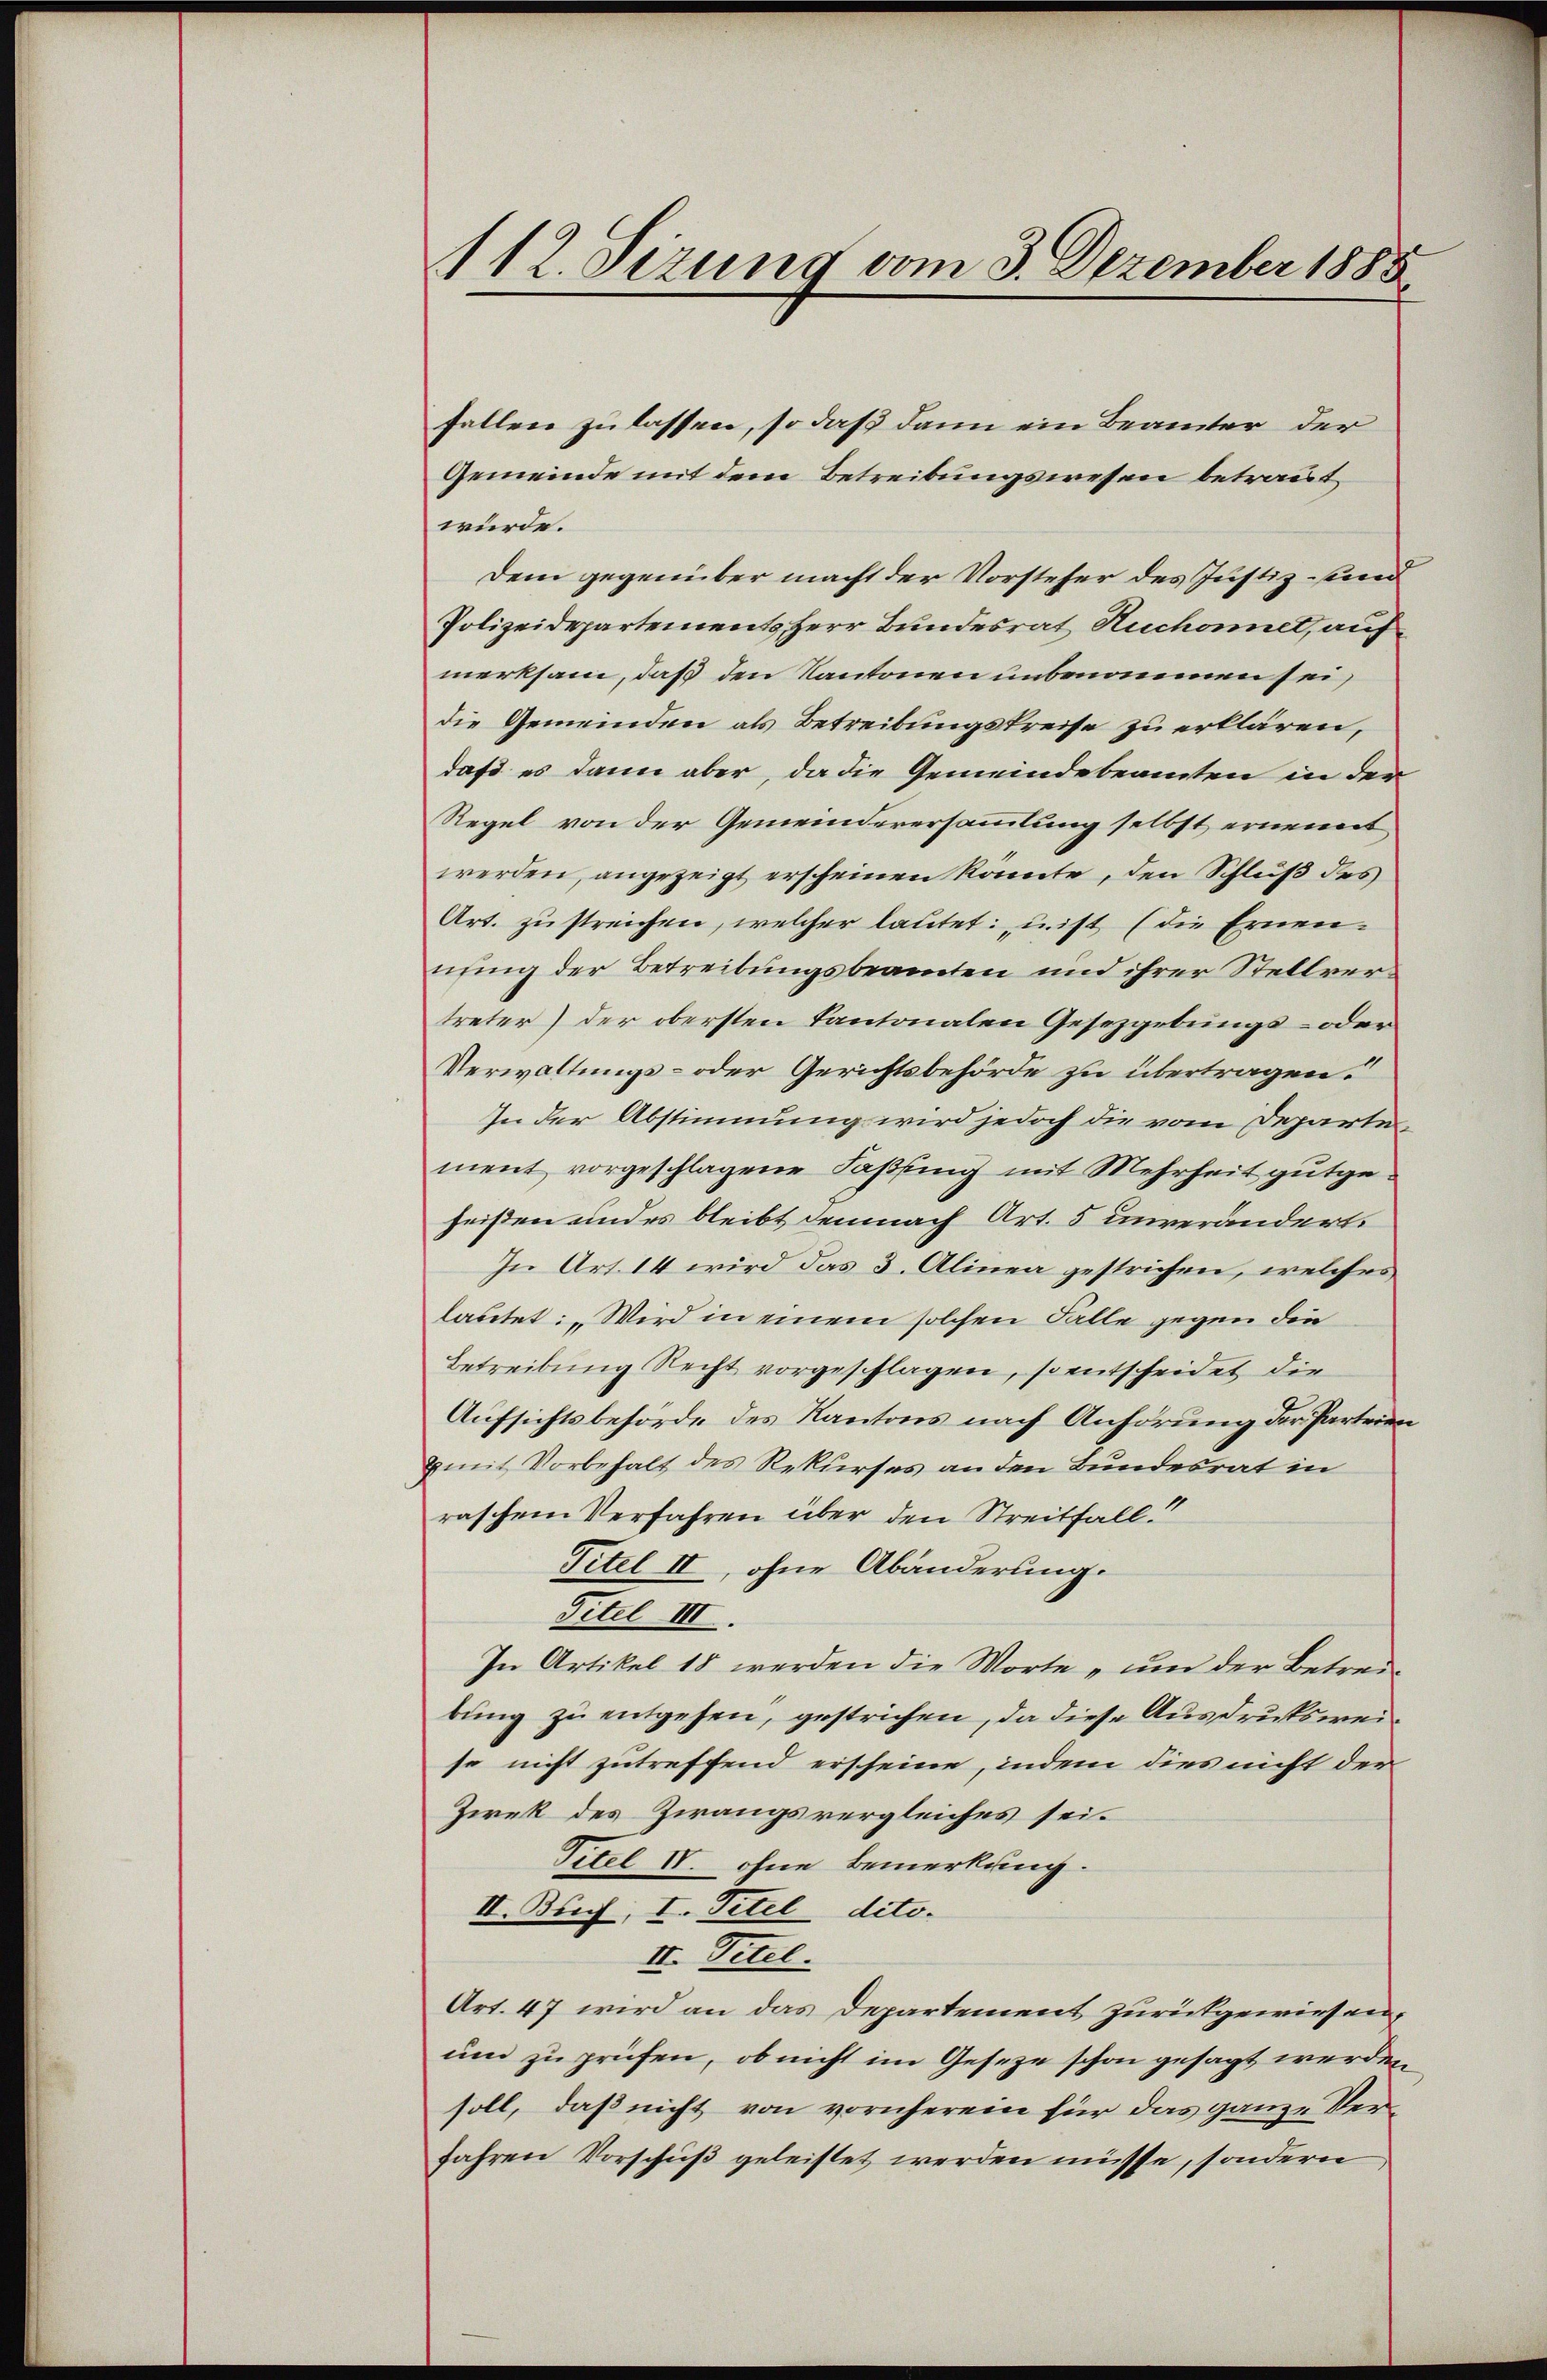
112. Sizung vom 3. Dezember 1888

fallen zu lassen, so daß dann ein Beamter der
Gemeinde mit dem Betreibungswesen betraut,
würde.
Dem gegenüber macht der Vorsteher des Justiz- und
Polizeidepartements Herr Bundesrat Ruchonnet, auf
merksam, daß den Kantonen unbenommen sei,
die Gemeinden als Betreibungskreise zu erklären,
daß es dann aber, da die Gemeindebeamten in der
Regel von der Gemeinderersammlung selbst ernennt
werden, angezeigt erscheinen könnte, den Schluß des
Art. zu streichen, welcher lautet: nist (die Ernennung der Betreibungsbeamten und ihrer Stellvertreter) der obersten Kantonalen Gesetzgebungs- oder
Verwaltungs- oder Gerichtsbehörde zu übertragen.
In der Abstimmung wird jedoch die vom Departement vorgeschlagene Fassung mit Mehrheit gutgeheißen und es bleibt demnach Art. 5 unverändert.
In Art. 14 wird das 3. Alinea gestrichen, welches
lautet: „Wird in einem solchen Falle gegen die
Betreibung Recht vorgeschlagen, so entscheidet die
Aufsichtsbehörde des Kantons nach Anhörung der Parteien
mit Vorbehalt des Rekurses an den Bundesrat in
raschen Verfahren über den Streitfall
Titel II, ohne Abänderung.
Titel III.
In Artikel 18 werden die Worte „und der Betreibung zu entgehen, gestrichen, da diese Ausdrucksweise nicht zutreffend erscheine, indem dies nicht der
Ziek des Zwangsvergleiches sei.
Titel IV. ohne Bemerkung.
II. Buch, I. Titel dito.
II. Titel.
Art. 47 wird an das Departement zurückgewiesen,
um zu prüfen, ob nicht im Gesetze schon gesagt werden
soll, daß nicht von vornherein für das ganze Ver¬
Jahren Vorschuß geleistet werden müsse, sondern